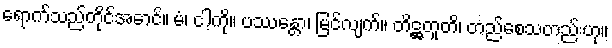
ရောက်သည်တိုင်အောင်။ မံ၊ ငါ့ကို။ ပဿန္တော၊ မြင်လျက်။ တိဋ္ဌတူတိ၊ တည်စေသတည်းဟု။